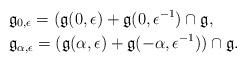
LaTeX: \begin{align*}&\mathfrak{g}_{0, \epsilon}=( \mathfrak{g}(0, \epsilon) + \mathfrak{g}(0, \epsilon^{-1}) \cap \mathfrak{g},\\&\mathfrak{g}_{\alpha, \epsilon}=(\mathfrak{g}(\alpha, \epsilon) + \mathfrak{g}(- \alpha, \epsilon^{-1})) \cap \mathfrak{g}.\end{align*}